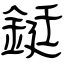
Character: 鋌